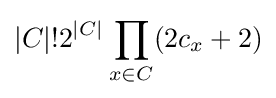
|C|!2^{|C|}\prod _{x\in C}(2c_{x}+2)